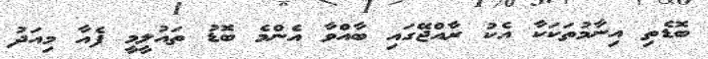
ބޮޑެތި އިނާމުތަކަކާ އެކު ރާއްޖޭގައި ބާއްވާ އެންމެ ބޮޑު ތައުލީމީ ފެއާ މިއަދު